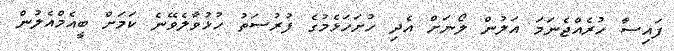
ފައިސާ ހުރެއްޖެނަމަ އަލުން ލޯނަށް އެދި ހުށަހަޅެމުގެ ފުރުސަތު ހުޅުވާލެވޭނެ ކަމަށް ބީއެމްއެލުން